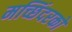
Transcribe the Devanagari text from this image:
मच्छिंदरको